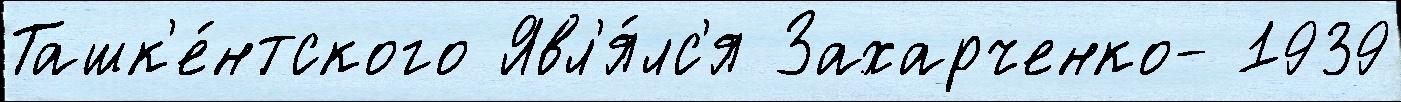
Ташк'е́нтского Явл'я́лс'я Захарченко- 1939